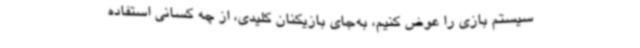
سیستم بازی را عوض کنیم، به‌جای بازیکنان کلیدی، از چه کسانی استفاده